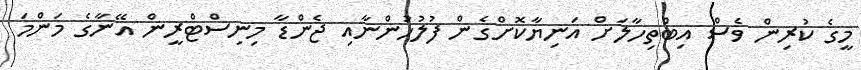
މީގެ ކުރިން ވެސް އިބްތިހާލަށް އަނިޔާކޮށްގެން ފުލުހުންނާއި ޖެންޑާ މިނިސްޓްރީން އޭނާގެ މަންމަ